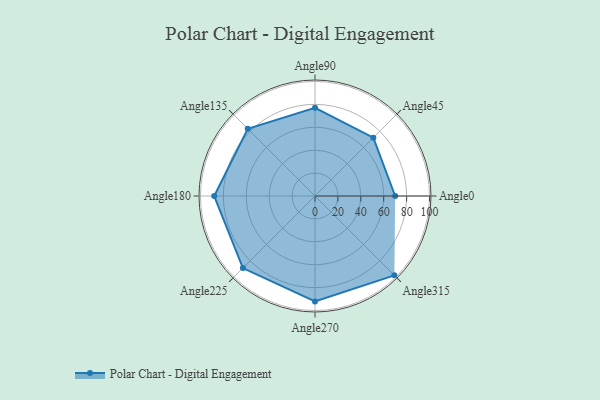
{"axis": {"x": "Angle", "y": "Radius"}, "legend": [""], "data": [{"x": "Angle0", "y": 70.0, "type": ""}, {"x": "Angle45", "y": 72.0, "type": ""}, {"x": "Angle90", "y": 77.0, "type": ""}, {"x": "Angle135", "y": 83.0, "type": ""}, {"x": "Angle180", "y": 88.0, "type": ""}, {"x": "Angle225", "y": 89.0, "type": ""}, {"x": "Angle270", "y": 92.0, "type": ""}, {"x": "Angle315", "y": 98.0, "type": ""}]}